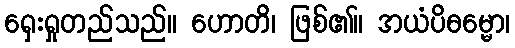
ရှေးရှုတည်သည်။ ဟောတိ၊ ဖြစ်၏။ အယံပိဓမ္မော၊